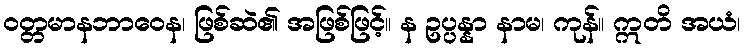
ဝတ္တမာနဘာဝေန၊ ဖြစ်ဆဲ၏ အဖြစ်ဖြင့်။ န ဥပ္ပန္နာ နာမ၊ ကုန်။ ဣတိ အယံ၊